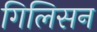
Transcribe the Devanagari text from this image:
गिलिसन